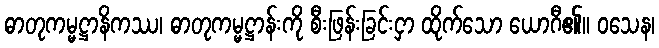
ဓာတုကမ္မဋ္ဌာနိကဿ၊ ဓာတုကမ္မဋ္ဌာန်းကို စီးဖြန်းခြင်းငှာ ထိုက်သော ယောဂီ၏။ ဝသေန၊